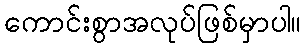
ကောင်းစွာအလုပ်ဖြစ်မှာပါ။